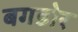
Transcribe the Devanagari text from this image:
बगडोर